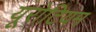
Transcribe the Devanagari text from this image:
यूरोटियम